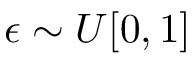
\epsilon \sim U [ 0 , 1 ]